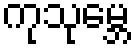
ကုသုမ္ဘေ